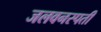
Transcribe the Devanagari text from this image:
जलवनस्पती